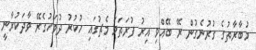
މުބާރާތުގެ ގުރުނެގުން ރޭ ބޭއްވި އިރު ފުރަތަމަ މެޗުގައި ހުކުރު ދުވަހުގެރޭ ވާދަކުރާނީ